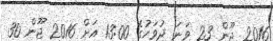
2016 ޖޫން 23 ވަނަ ދުވަހުގެ 13:00 އަށް 2016 ޖޫން 30